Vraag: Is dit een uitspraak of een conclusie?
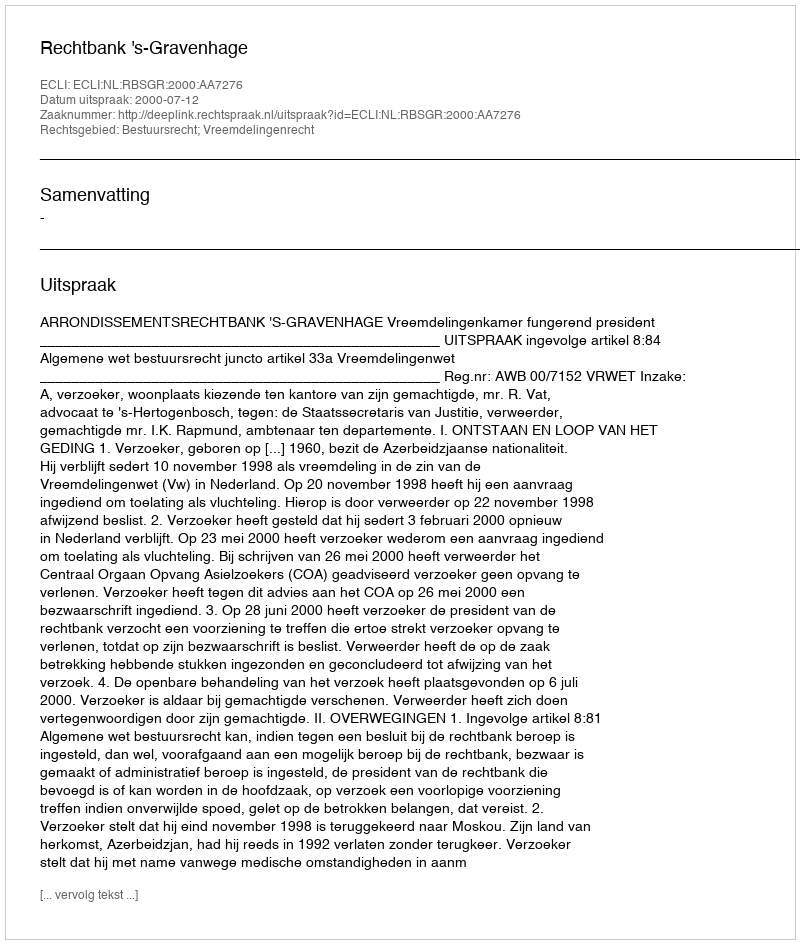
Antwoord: Uitspraak